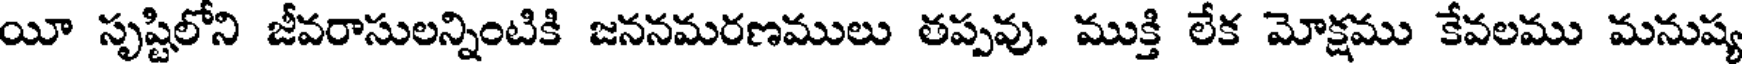
యీ సృష్టిలోని జీవరాసులన్నింటికి జననమరణములు తప్పవు. ముక్తి లేక మోక్షము కేవలము మనుష్య